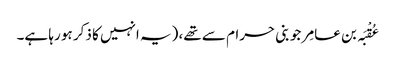
عُقْبَہ بن عامِر جو بنی حرام سے تھے، (یہ انہیں کا ذکر ہو رہا ہے۔